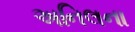
અનિલના